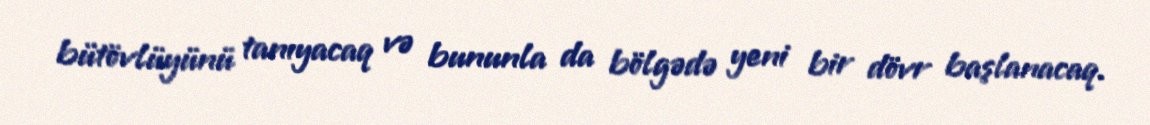
bütövlüyünü tanıyacaq və bununla da bölgədə yeni bir dövr başlanacaq.